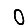
Digit: 0